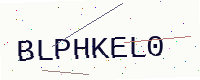
Text: BLPHKEL0